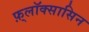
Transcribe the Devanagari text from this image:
फ़्लॉक्सासिन